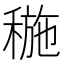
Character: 𥠥